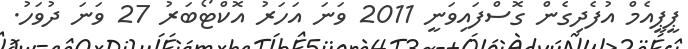
ޕީޕީއެމް އުފެދިގެން ގޮސްފައިވަނީ 2011 ވަނަ އަހަރު އޮކްޓޯބަރު 27 ވަނަ ދުވަހު.